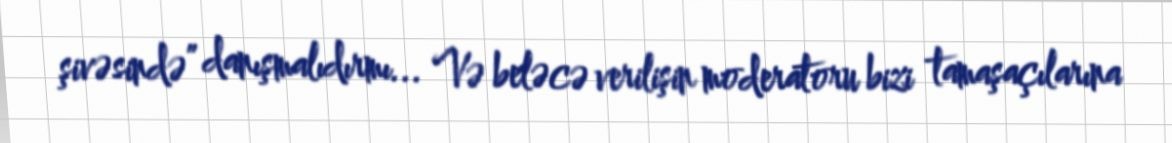
şivəsində” danışmalıdırmı... Və beləcə verilişin moderatoru bizi tamaşaçılarına